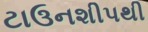
ટાઉનશીપથી